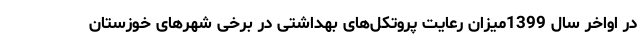
در اواخر سال 1399میزان رعایت پروتکل‌های بهداشتی در برخی شهرهای خوزستان